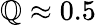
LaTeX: \mathbb{Q}\approx0.5